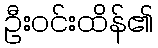
ဦးဝင်းထိန်၏